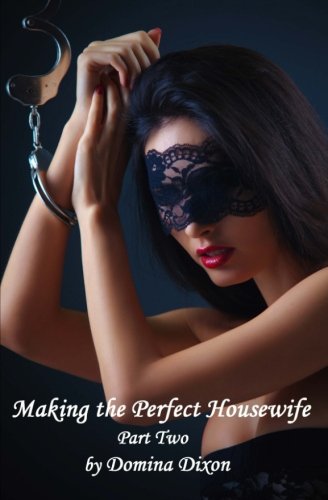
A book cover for Making The Perfect Housewife: Part Two: Cuckolding Her Feminized Husband (Volume 2); Domina Dixon; Romance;